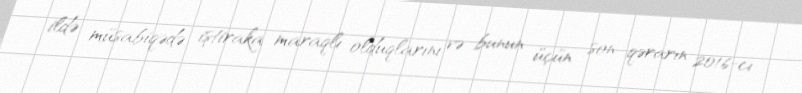
ildə müsabiqədə iştiraka maraqlı olduqlarını və bunun üçün son qərarın 2016-cı